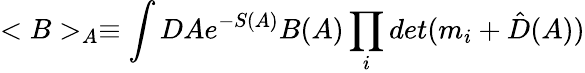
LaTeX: <B>_{A}\equiv\int DAe^{-S(A)}B(A)\prod_{i}det(m_{i}+\hat{D}(A))